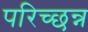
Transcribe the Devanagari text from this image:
परिच्छन्न